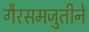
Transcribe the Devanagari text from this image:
गैरसमजुतीने